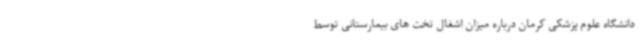
دانشگاه علوم پزشکی کرمان درباره میزان اشغال تخت های بیمارستانی توسط